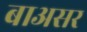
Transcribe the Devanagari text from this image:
बाअसर